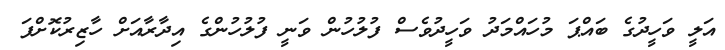
އަލީ ވަހީދުގެ ބައްޕަ މުހައްމަދު ވަހީދުވެސް ފުލުހުން ވަނީ ފުލުހުންގެ އިދާރާއަށް ހާޒިރުކޮށްފަ